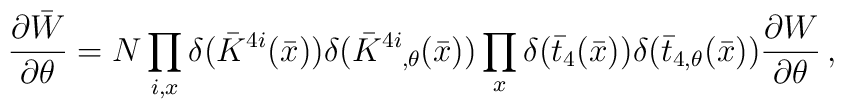
{{\partial\bar{W}}\over{\partial\theta}}= N\prod_{i,x} \delta(\bar{K}^{4i}(\bar{x}))\delta(\bar{K}\raisebox{0.97ex}{\mbox{\scriptsize{$4i$}}}\raisebox{-0.36ex}{\mbox{\scriptsize{$,\!\theta$}}}(\bar{x}))\prod_{x} \delta(\bar{t}_{4}(\bar{x}))\delta(\bar{t}_{4,\theta}(\bar{x})){{\partial W}\over{\partial\theta}} \,,